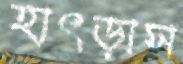
হাৎড়াস